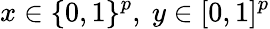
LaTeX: x\in\{ 0,1\} ^{p},\ y\in[0,1]^{p}